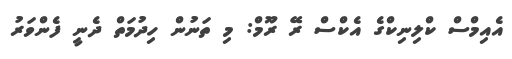
އެއިމްސް ކްލިނިކްގެ އެކްސް ރޭ ރޫމް: މި ތަނުން ހިދުމަތް ދެނީ ފެންވަރު